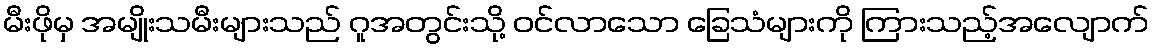
မီးဖိုမှ အမျိုးသမီးများသည် ဂူအတွင်းသို့ ဝင်လာသော ခြေသံများကို ကြားသည့်အလျောက်